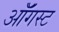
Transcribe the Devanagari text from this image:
ऑॅगस्ट